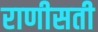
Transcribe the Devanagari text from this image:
राणीसती